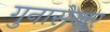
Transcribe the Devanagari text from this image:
गुनासेखर